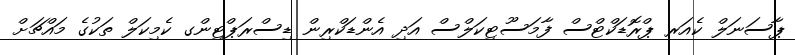
ޕާސަނަލް ކެއަރ ޕްރޮޑަކްޓްސް ފާމަސޫޓިކަލްސް އަދި އެންޑަކްރިން ޑިސްރަޕްޓިންގ ކެމިކަލް ތަކުގެ މައްޗަށް